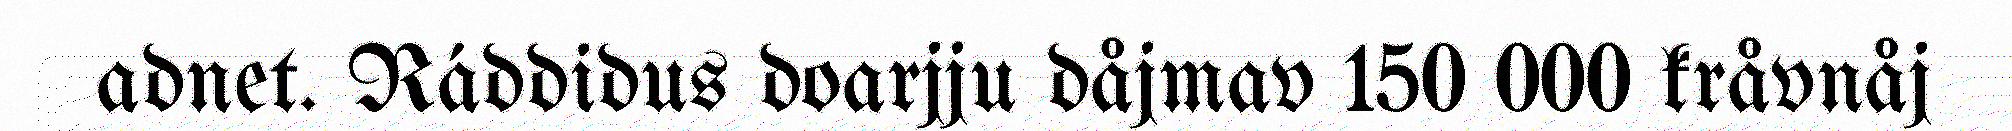
adnet. Ráddidus doarjju dåjmav 150 000 kråvnåj